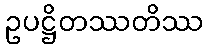
ဥပဋ္ဌိတဿတိဿ